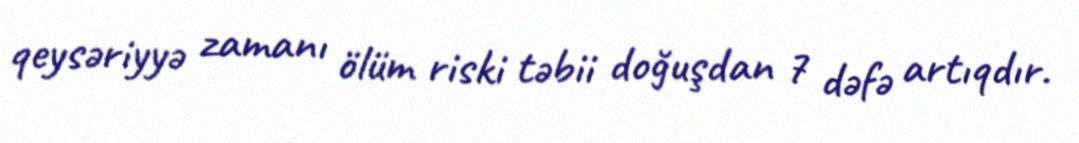
qeysəriyyə zamanı ölüm riski təbii doğuşdan 7 dəfə artıqdır.